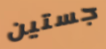
جستين